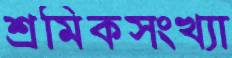
শ্রমিকসংখ্যা